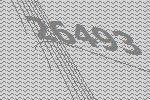
26493